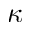
\kappa